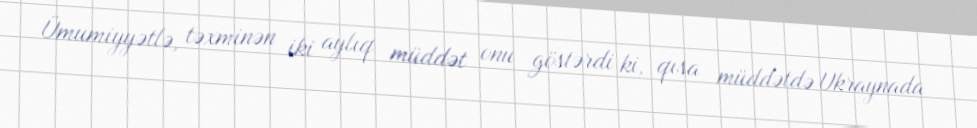
Ümumiyyətlə, təxminən iki aylıq müddət onu göstərdi ki, qısa müddətdə Ukraynada